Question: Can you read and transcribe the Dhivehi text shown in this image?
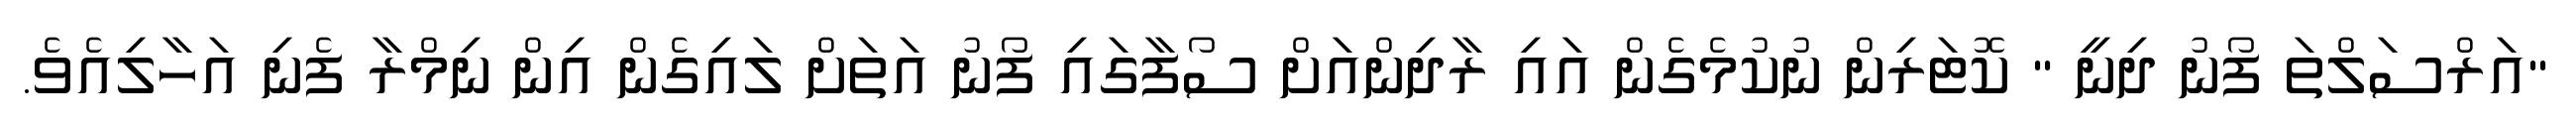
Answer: "އަރްސަލްތަ ފޯނު ދިނީ " ކޮޓަރިން ނުކުމެގެން އައި ރާދިންއަށް ސޯފާގައި ފޯނު އަތަށް ލައިގެން އިން ނިމްރާ ފެނި އަހާލިއެވެ.